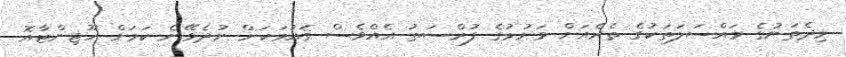
މިދެތަނުގެ މައްސަލަތަކުގެ ތެރެއަށް ވަނުމުގެ ފުރްސަތު އެއްވެސް ޤައުމަކަށް ނުދެވޭނެ ކަމަށް ހޫޖިންޓާއޮ